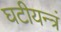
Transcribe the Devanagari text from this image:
घटीयन्त्रं